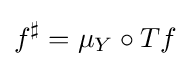
f^{\sharp }=\mu _{Y}\circ Tf